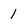
Character: 1